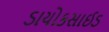
ડાયોકસાઈડ